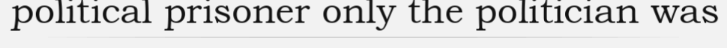
political prisoner only the politician was